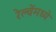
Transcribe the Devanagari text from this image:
रेल्वेंमध्ये